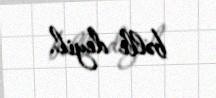
bəlli deyil.